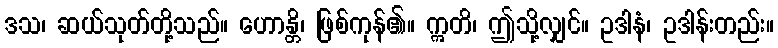
ဒသ၊ ဆယ်သုတ်တို့သည်။ ဟောန္တိ၊ ဖြစ်ကုန်၏။ ဣတိ၊ ဤသို့လျှင်။ ဥဒါနံ၊ ဥဒါန်းတည်း။